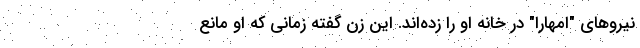
نیروهای "امهارا" درِ خانه او را زده‌اند. این زن گفته زمانی که او مانع